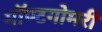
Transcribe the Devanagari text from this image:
मॉण्टगोमरी